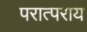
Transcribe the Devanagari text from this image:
परात्पराय